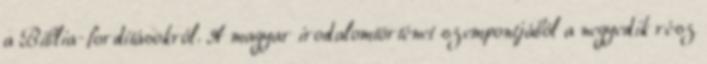
a Biblia-fordításokról. A magyar irodalomtörténet szempontjából a negyedik rész